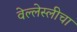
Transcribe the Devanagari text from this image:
वेल्लेस्लीचा